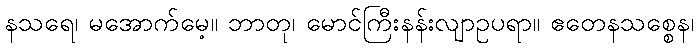
နသရေ၊ မအောက်မေ့။ ဘာတု၊ မောင်ကြီးနန်းလျာဥပရာ။ ဧတေနသစ္စေန၊